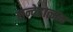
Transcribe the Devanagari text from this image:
सन्देहात्मक